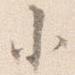
小